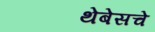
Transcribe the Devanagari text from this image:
थेबेसचे